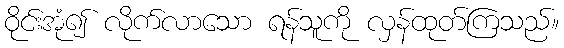
ဝိုင်းအုံ၍ လိုက်လာသော ရန်သူကို လှန်ထုတ်ကြသည်။